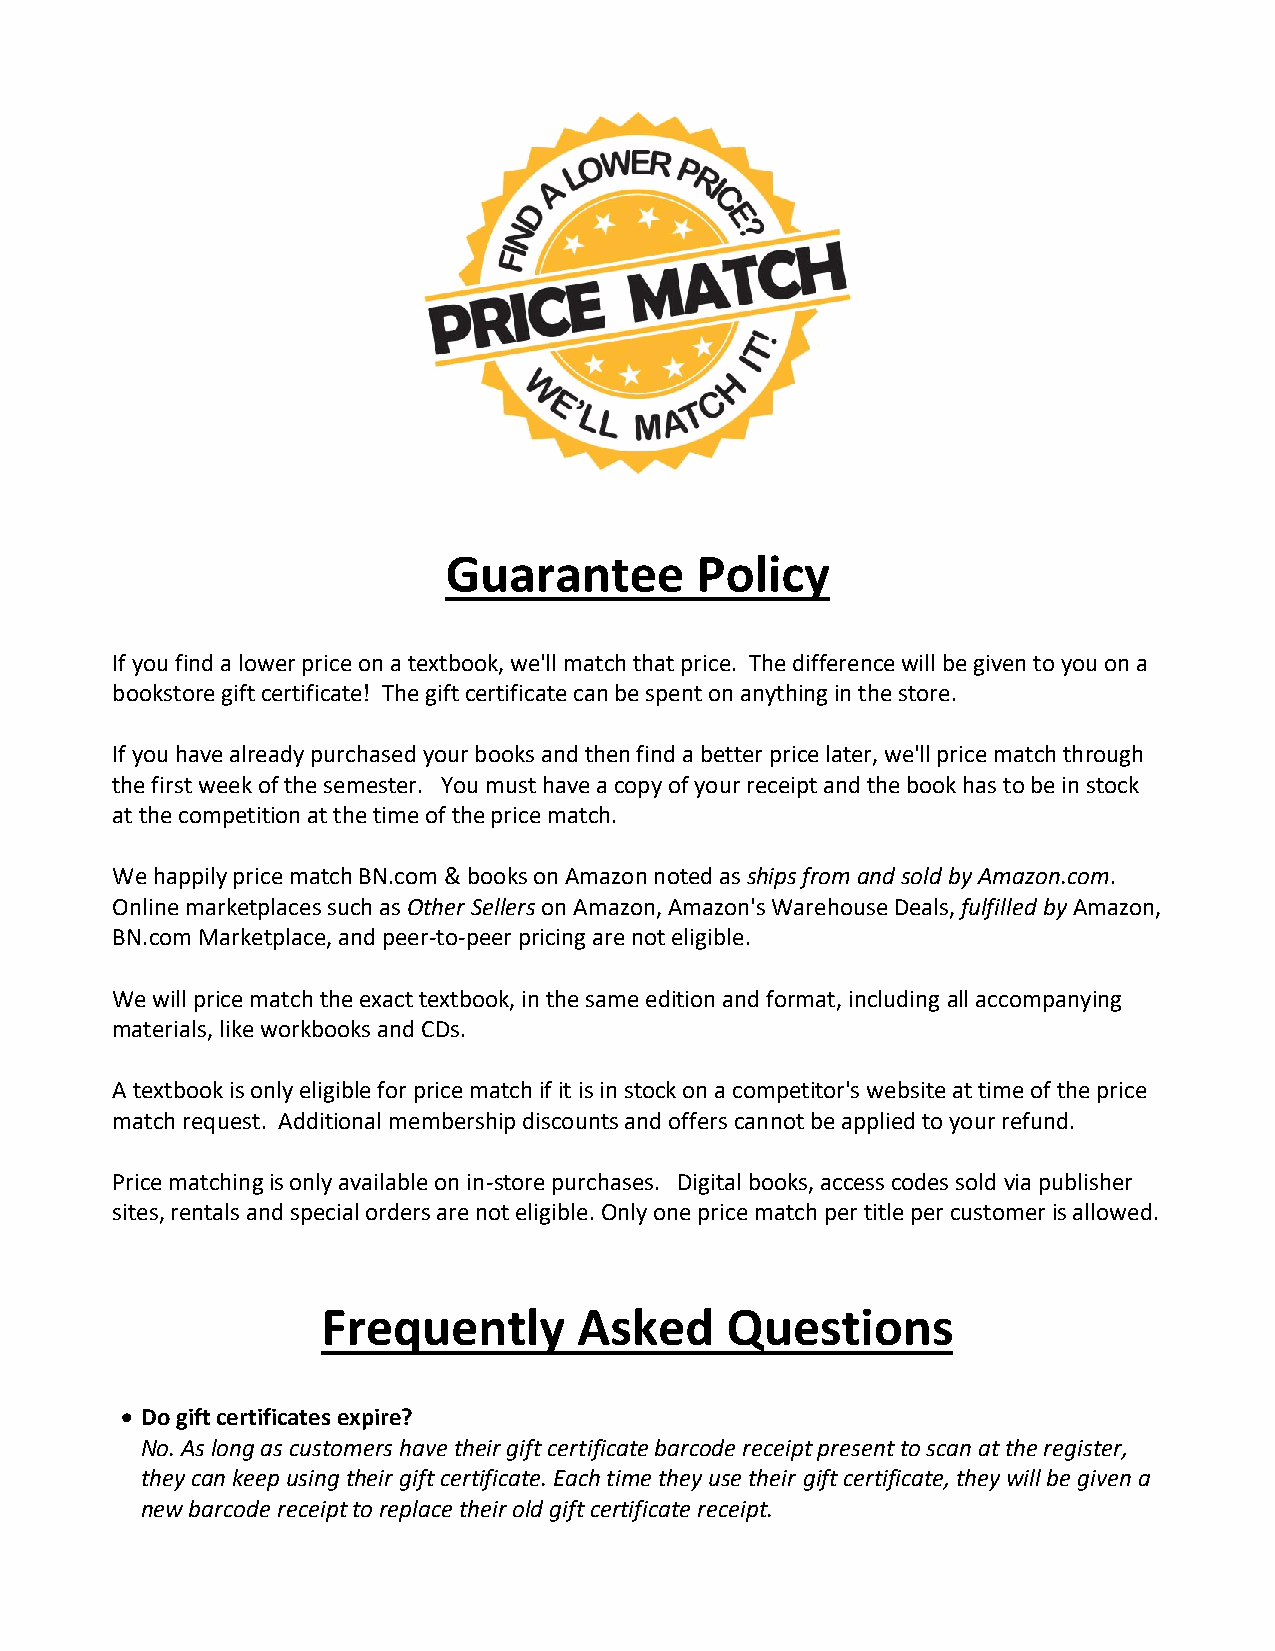
Guarantee       Policy
 If you find a lower price on a textbook, we'll match that price. The difference will be given to you on a
 bookstore gift certificate! The gift certificate can be spent on anything in the store.
 If you have already purchased your books and then find a better price later, we'll price match through
 the first week of the semester. You must have a copy of your receipt and the book has to be in stock
 at the competition at the time of the price match.
 We happily price match BN.com & books on Amazon noted as ships from and sold by Amazon.com.
 Online marketplaces such as Other Sellers on Amazon, Amazon's Warehouse Deals, fulfilled by Amazon,
 BN.com Marketplace, and peer-to-peer pricing are not eligible.
 We will price match the exact textbook, in the same edition and format, including all accompanying
 materials, like workbooks and CDs.
 A textbook is only eligible for price match if it is in stock on a competitor's website at time of the price
 match request. Additional membership discounts and offers cannot be applied to your refund.
 Price matching is only available on in-store purchases. Digital books, access codes sold via publisher
 sites, rentals and special orders are not eligible. Only one price match per title per customer is allowed.
 Frequently       Asked     Questions
  Do gift certificates expire?
 No. As long as customers have their gift certificate barcode receipt present to scan at the register,
 they can keep using their gift certificate. Each time they use their gift certificate, they will be given a
 new barcode receipt to replace their old gift certificate receipt.